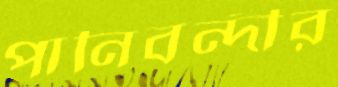
পানিবন্দীর